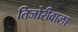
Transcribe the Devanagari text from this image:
तिजोरीवाला